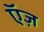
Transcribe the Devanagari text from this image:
ऍज़